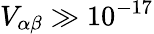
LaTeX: V_{\alpha\beta}\gg 10^{-17}